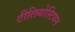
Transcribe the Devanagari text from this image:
टीलियोस्टियन